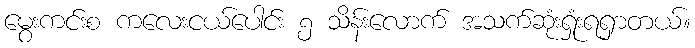
မွေးကင်းစ ကလေးငယ်ပေါင်း ၅ သိန်းလောက် အသက်ဆုံးရှုံးရရှာတယ်။